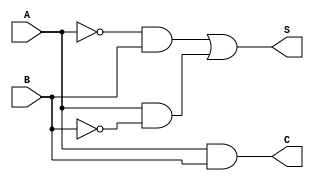
`timescale 1ns / 1ps
//////////////////////////////////////////////////////////////////////////////////
// Company: 
// Engineer: 
// 
// Design Name: 
// Module Name: half_adder_2b
// Project Name: 
// Target Devices: 
// Tool Versions: 
// Description: 
// 
// Dependencies: 
// 
// Revision:
// Revision 0.01 - File Created
// Additional Comments:
// 
//////////////////////////////////////////////////////////////////////////////////


module half_adder_2b(
    input A,
    input B,
    output S,
    output C
    );
    
    assign S = (!A&&B)||(A&&!B);
    assign C = A&&B;
    
endmodule